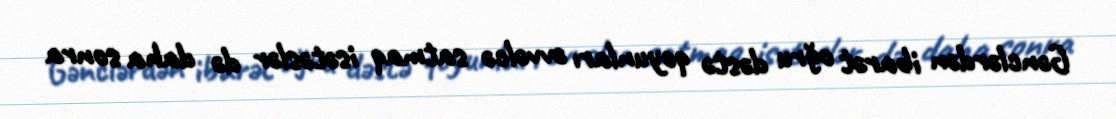
Gənclərdən ibarət oğru dəstə qoyunları əvvəlcə satmaq isətəslər də daha sonra